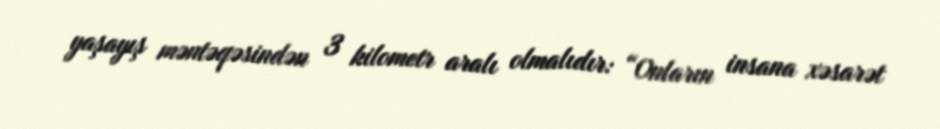
yaşayış məntəqəsindən 3 kilometr aralı olmalıdır: “Onların insana xəsarət